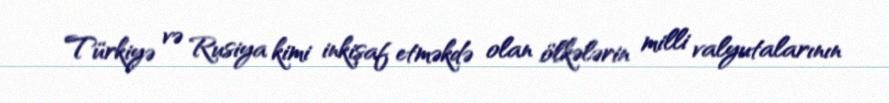
Türkiyə və Rusiya kimi inkişaf etməkdə olan ölkələrin milli valyutalarının